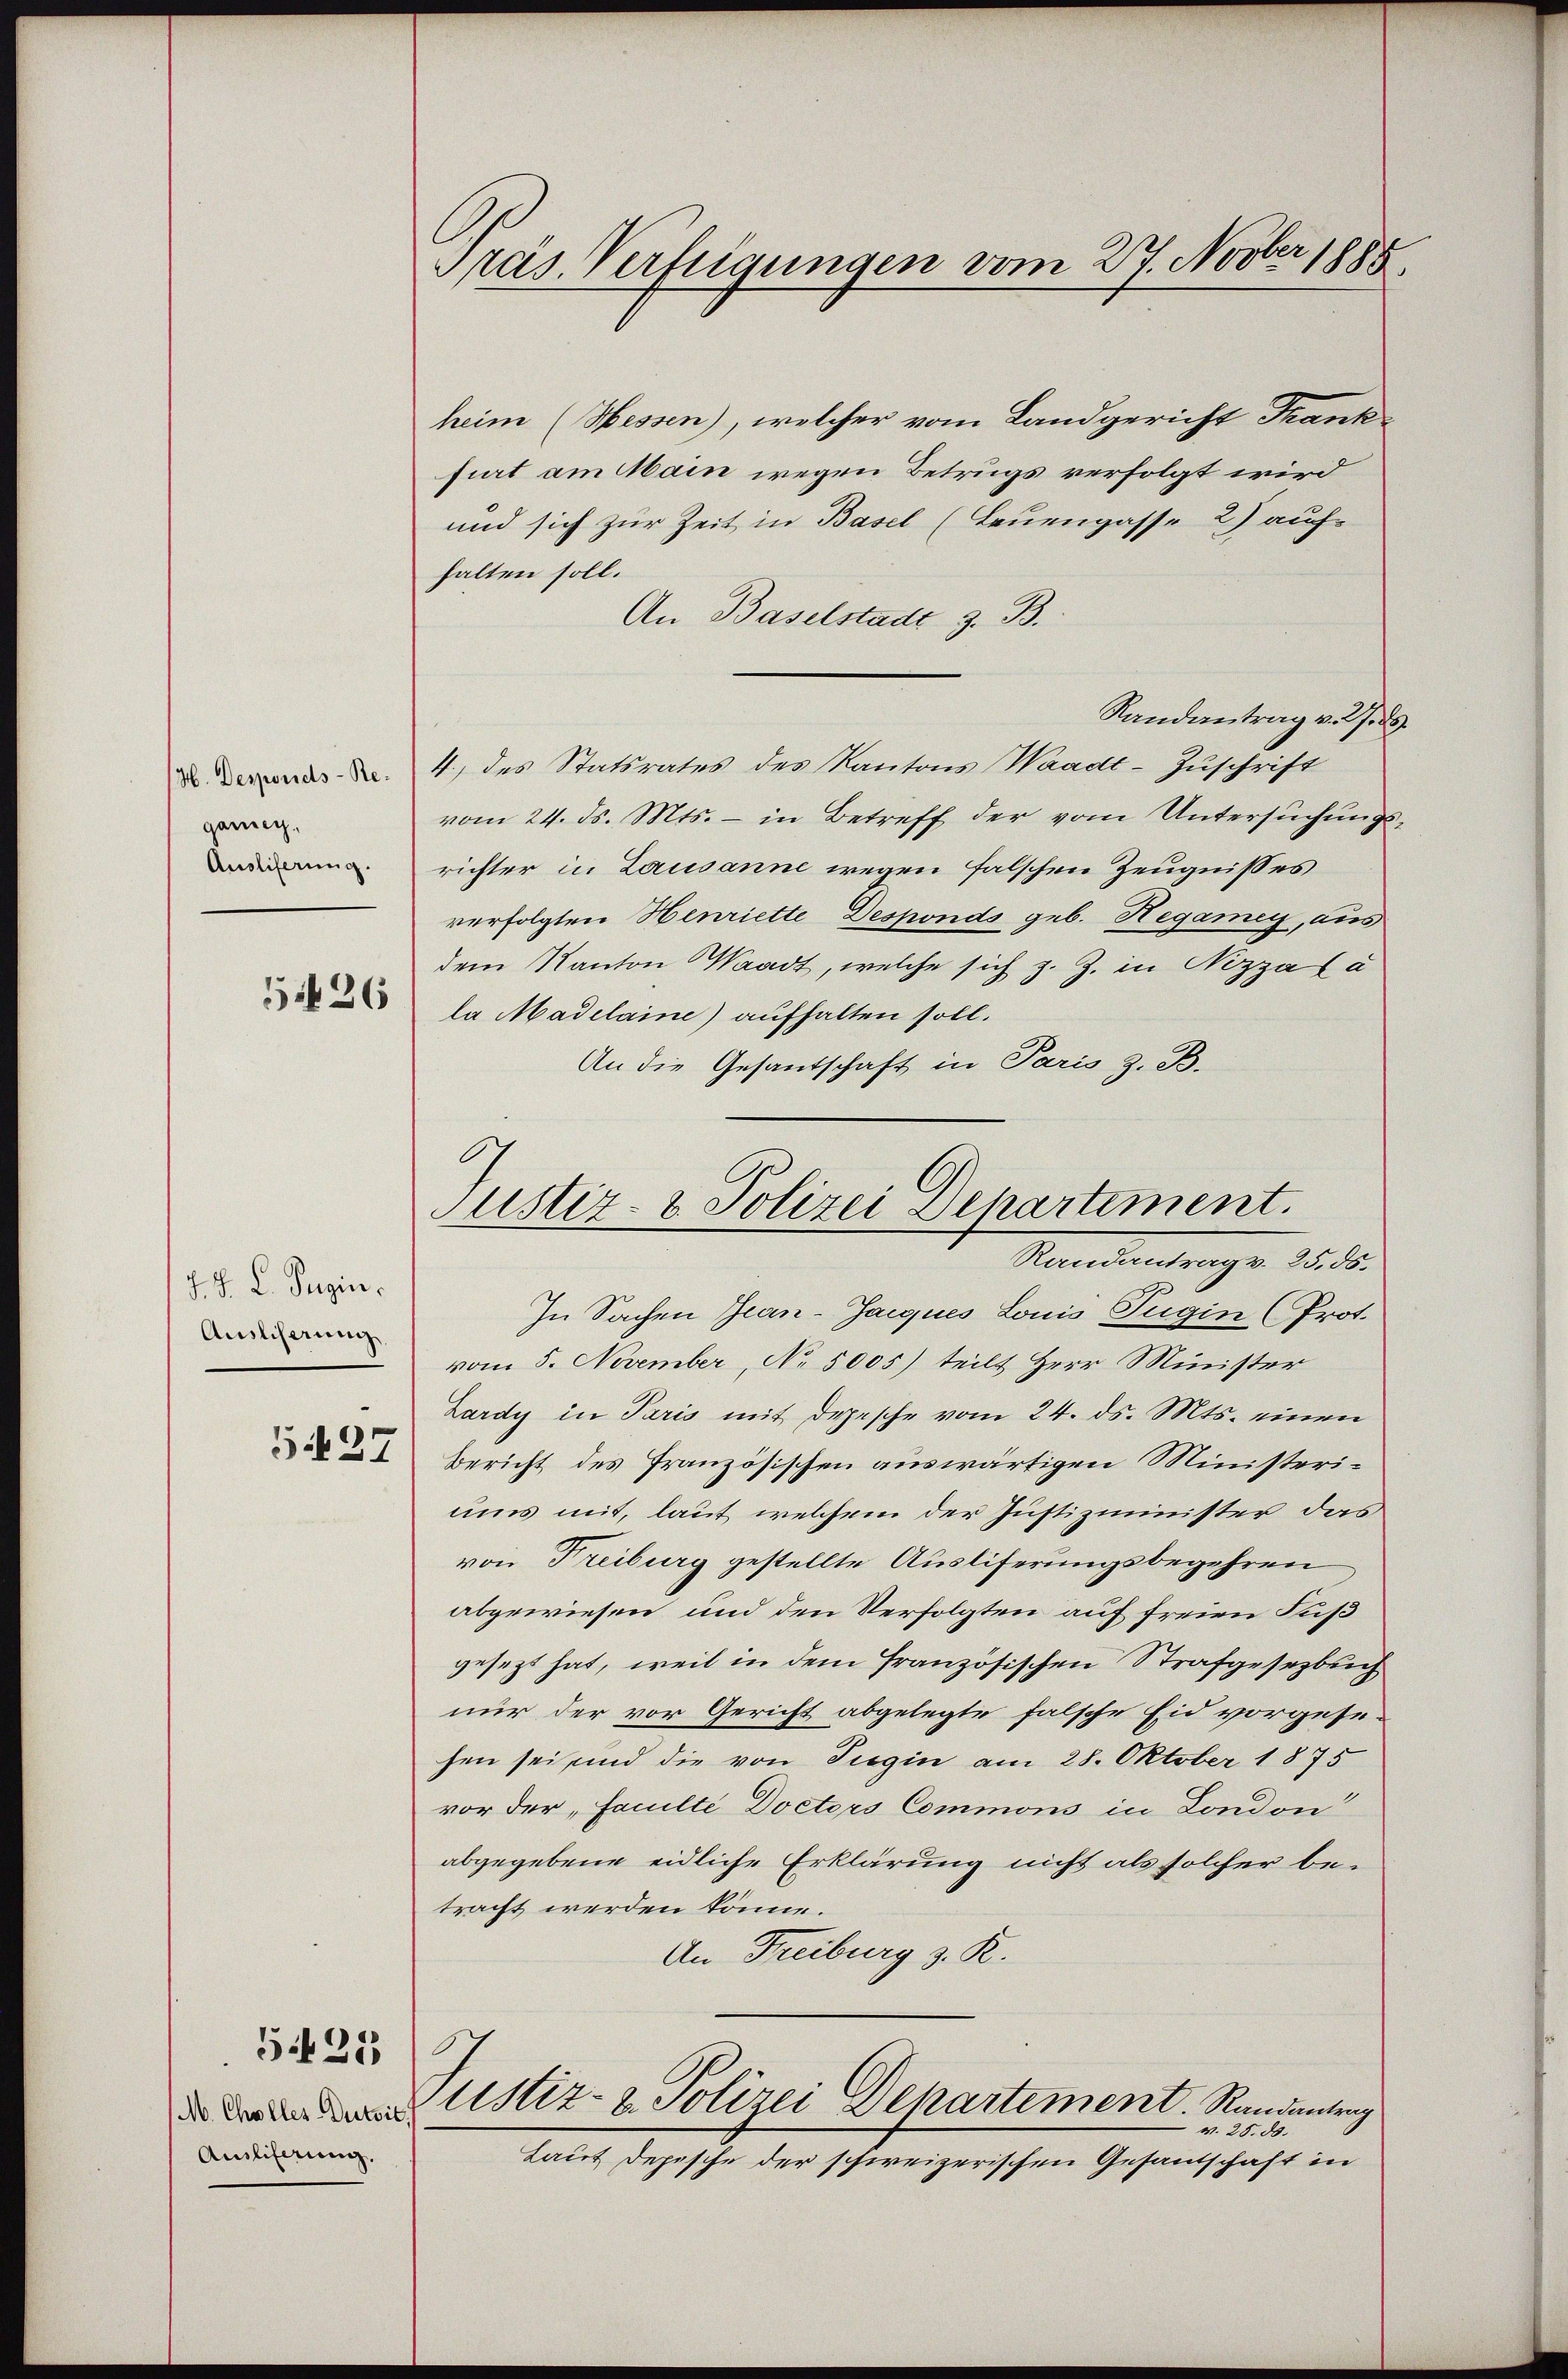
H. Desponids-Regang.
Ausliferung.
51636

J. J. L. Pugin.
Auslicherung
5427

M. Challes-Dutsil,
Amliferung.

5.25

Präs. Verfügungen vom 27. Novber 1885.

heim (Hessen), welcher vom Landgericht Frank-
furt am Main wegen Betrugs verfolgt wird
und sich zur Zeit in Basel (Leuengasse 2) aufhalten soll.
An Baselstadt z. B.
Randantrag v. M. d
4) des Statsrates des Kantons Waadt-Zuschrift
vom 24. ds. Mts. – in Betreff der vom Untersuchungsrichter in Lausanne wegen falschen Zeugnisses
verfolgten Henriette Desponds geb. Hegamey, aus
dem Kanton Waadt, welche sich z. Z. in Nizza Ca
la Madelaine) aufhalten soll.
An die Gesantschaft in Paris z. B.

Justiz- & Polizei Departement.
Randantrag v. 25. ds.

In Sachen Jean-Jacques Louis Tugin (Prot.
vom 5. November, No 5005) teilt Herr Minister
Lardy in Paris mit Depesche vom 24. ds. Mts. einen
Bericht des französischen auswärtigen Ministeriums mit, laut welchem der Justizminister das
von Freiburg gestellte Ausliferungsbegehren
abgewiesen und den Verfolgten auf freien Fuß
gesezt hat, weil in dem französischen Strafgesetzbuch
nur der vor Gericht abgelegte falsche Eid vorgese
hen sei und die von Tugin am 28. Oktober 1875
vor der Faculté Doctors Commons in London
abgegebene eidliche Erklärung nicht als solcher betracht werden könne.
An Freiburg z. R.
.
Justiz- & Polizei Departement. Randantrag
v. 25. ds.
Laut Depesche der schweizerischen Gesandschaft in